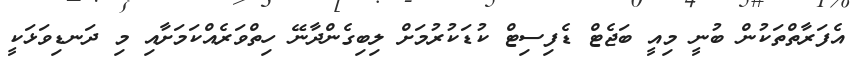
އެފަރާތްތަކުން ބުނީ މިއީ ބަޖެޓް ޑެފިސިޓް ކުޑަކުރުމަށް ލިބިގެންދާނޭ ހިތްވަރެއްކަމަށާއި މި ދަނޑިވަޅަކީ